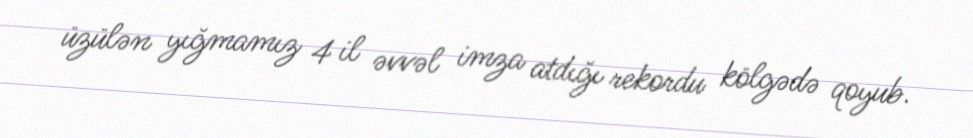
üzülən yığmamız 4 il əvvəl imza atdığı rekordu kölgədə qoyub.